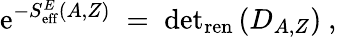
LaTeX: \mathrm{e}^{-S_{\mathrm{{\mathrm{e}ff}}}^{E}(A,Z)}\; =\; \mathrm{{d\mathrm{e}t}}_{\mathrm{{r\mathrm{e}n}}}\left(D_{A,Z}\right)~,